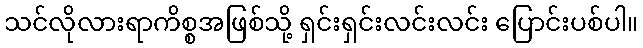
သင်လိုလားရာကိစ္စအဖြစ်သို့ ရှင်းရှင်းလင်းလင်း ပြောင်းပစ်ပါ။